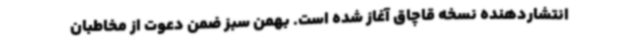
انتشاردهنده نسخه قاچاق آغاز شده است. بهمن سبز ضمن دعوت از مخاطبان